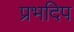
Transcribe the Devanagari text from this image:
प्रभदिप